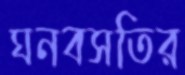
ঘনবসতির